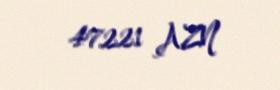
47221 AZN